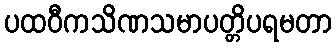
ပထဝီကသိဏသမာပတ္တိပရမတာ